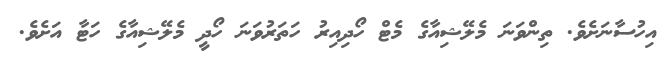
އިހުސާނަށެވެ. ތިންވަނަ މެލޭޝިއާގެ މެޓް ހޯދިއިރު ހަތަރުވަނަ ހޯދީ މެލޭޝިއާގެ ހަޓާ އަށެވެ.